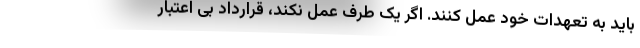
باید به تعهدات خود عمل کنند. اگر یک طرف عمل نکند، قرارداد بی اعتبار